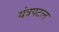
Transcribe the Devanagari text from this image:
यंत्रपटल